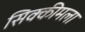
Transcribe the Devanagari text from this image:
सिक्कीमला